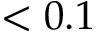
< 0 . 1